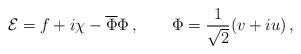
\begin{align*}{\cal E} = f + i\chi - \overline{\Phi}\Phi \,, \qquad \Phi = \frac{1}{\sqrt{2}}(v+ iu) \,,\end{align*}